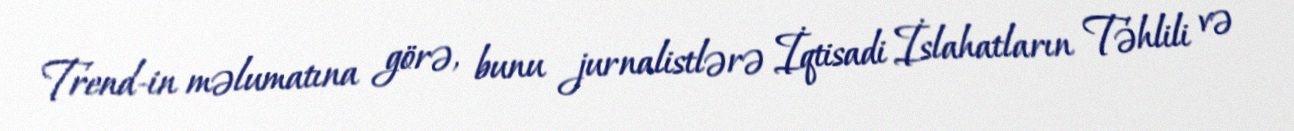
Trend-in məlumatına görə, bunu jurnalistlərə İqtisadi İslahatların Təhlili və